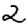
Digit: 2